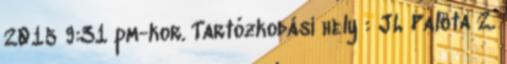
2015 9:31 pm-kor. Tartózkodási hely : JL Palota 2.